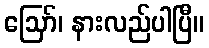
ဪ၊ နားလည်ပါပြီ။